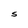
Character: s